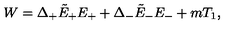
W = \Delta _ { + } \tilde { E } _ { + } E _ { + } + \Delta _ { - } \tilde { E } _ { - } E _ { - } + m T _ { 1 } ,